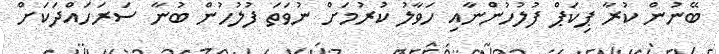
ބޭނުން ކުރާ ޕިކަޕް ފުލުހުންނާއި ހަވާލު ކުރުމަށް ނުވަތަ ފުލުހުން ބުނާ ސަރަހައްދަކަށް